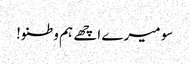
سو میرے اچھے ہم وطنو!